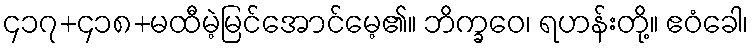
၄၁၇+၄၁၈+မထီမဲ့မြင်အောင်မေ့၏။ ဘိက္ခဝေ၊ ရဟန်းတို့။ ဧဝံခေါ၊